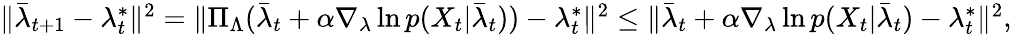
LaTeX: \begin{array}{r}{\| \bar{\lambda}_{t+1}-\lambda_{t}^{*}\| ^{2}=\| \Pi_{\Lambda}(\bar{\lambda}_{t}+\alpha\nabla_{\lambda}\ln p(X_{t}|\bar{\lambda}_{t}))-\lambda_{t}^{*}\| ^{2}\le\| \bar{\lambda}_{t}+\alpha\nabla_{\lambda}\ln p(X_{t}|\bar{\lambda}_{t})-\lambda_{t}^{*}\| ^{2},}\end{array}